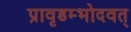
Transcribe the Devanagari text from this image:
प्रावृडम्भोदवत्